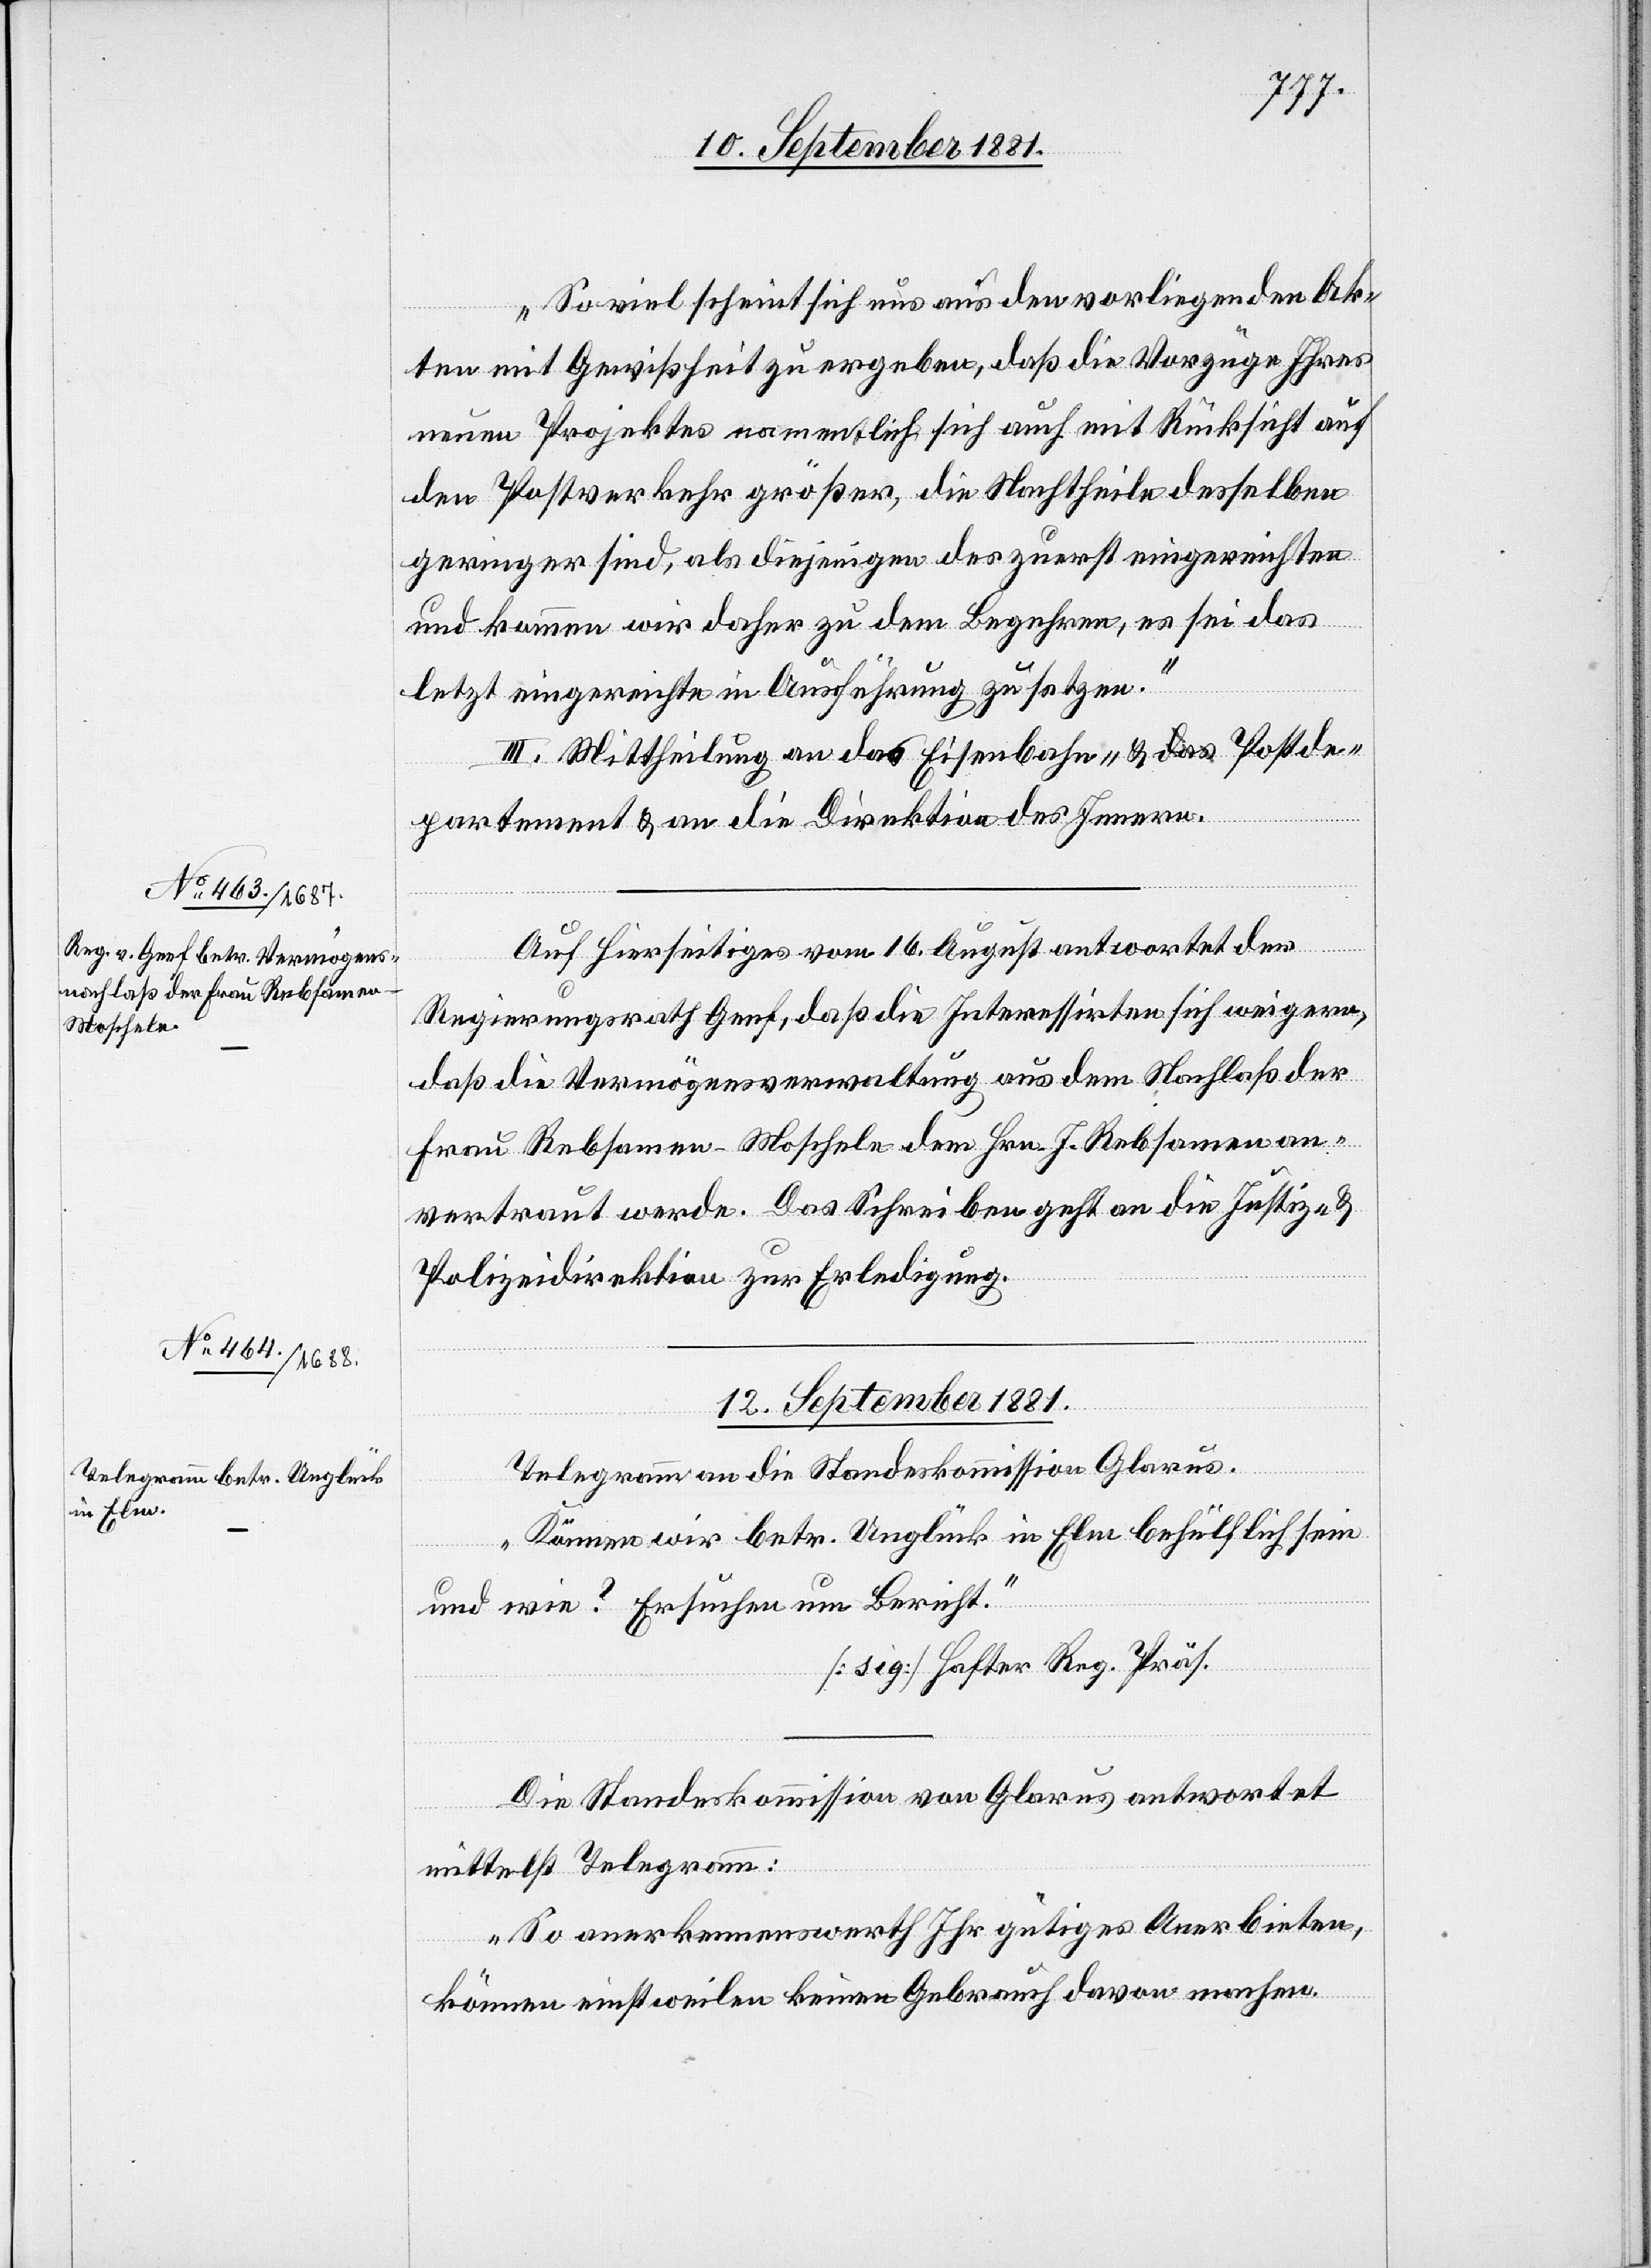
10. September 1881.]
Soviel scheint sich uns aus den vorliegenden Ak¬
ten mit Gewißheit zu ergeben, daß die Vorzüge Ihres
neuen Projektes namentlich sich auch mit Rücksickt auf
den Postverkehr größer, die Nachtheile desselben
geringer sind, als diejenigen des zuerst eingereichten
und kommen wir daher zu dem Begehren, es sei das
letzt eingereichte in Ausführung zu setzen.“
III. Mittheilung an das Eisenbahn- & Postde¬
partement & an die Direktion des Innern.
Auf Hierseitiges vom 16. August antwortet der
Regierungsrath Genf, daß die Interessirten sich weigern,
daß die Vermögensverwaltung aus dem Nachlaß der
Frau Rebsamen-Moscheln dem Hrn. J. Rebsamen an¬
vertraut werde. Das Schreiben geht an die Justiz- &
Polizeidirektion zur Erledigung.
12. September 1881.
Telegramm an die Standeskommission Glarus.
„Können wir betr. Unglück in Elm behülflich sein
und wie? Ersuchen um Bericht.“
[sig] Hafter Reg. Präs.
Die Standeskommission von Glarus antwortet
mittelst Telegramm:
„So anerkennenswerth Ihr gütiges Anerbieten,
können einstweilen keinen Gebrauch davon machen.